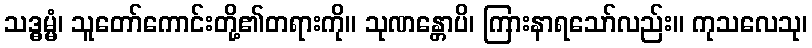
သဒ္ဓမ္မံ၊ သူတော်ကောင်းတို့၏တရားကို။ သုဏန္တောပိ၊ ကြားနာရသော်လည်း။ ကုသလေသု၊